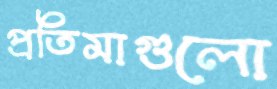
প্রতিমাগুলো